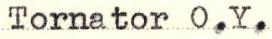
Tornator